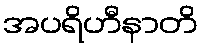
အပရိဟီနာတိ